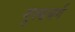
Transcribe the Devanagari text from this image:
गुल्डबर्ग